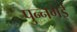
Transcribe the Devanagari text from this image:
पुन्नगई